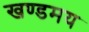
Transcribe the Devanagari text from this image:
खण्डमय